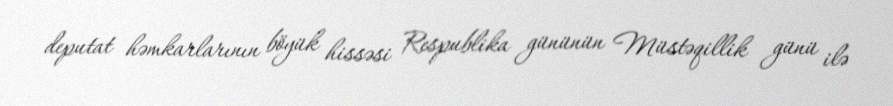
deputat həmkarlarının böyük hissəsi Respublika gününün Müstəqillik günü ilə